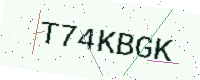
Text: T74KBGK